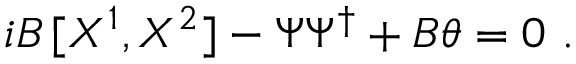
i B \, [ X ^ { 1 } , X ^ { 2 } ] - \Psi \Psi ^ { \dagger } + B \theta = 0 ~ .